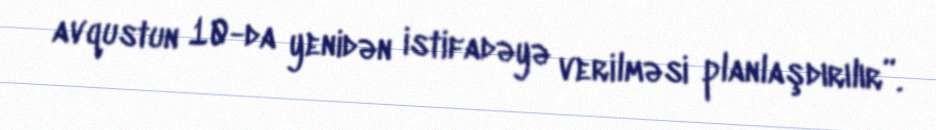
avqustun 10-da yenidən istifadəyə verilməsi planlaşdırılır”.